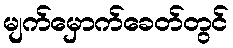
မျက်မှောက်ခေတ်တွင်